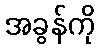
အခွန်ကို